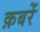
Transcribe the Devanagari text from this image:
क़बरें